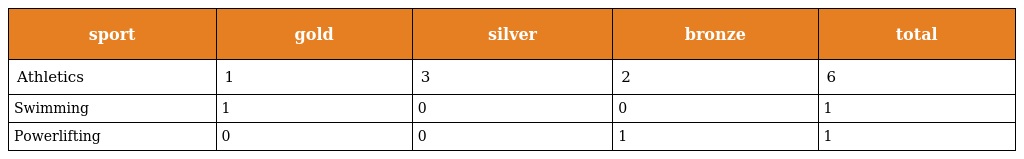
| sport | gold | silver | bronze | total |
 | --- | --- | --- | --- | --- |
 | Athletics | 1 | 3 | 2 | 6 |
 | Swimming | 1 | 0 | 0 | 1 |
 | Powerlifting | 0 | 0 | 1 | 1 |